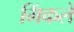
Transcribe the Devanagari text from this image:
मिंकले